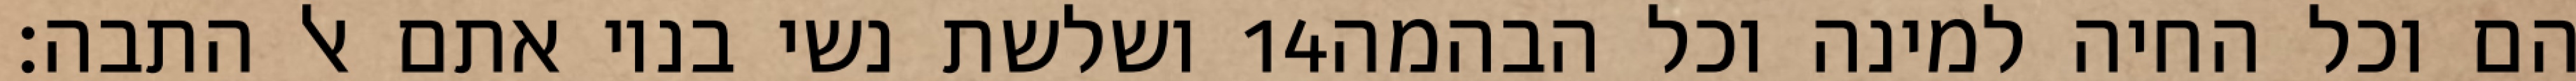
ושלשת נשי בניו אתם אל התבה׃ ‎14‏ הם וכל החיה למינה וכל הבהמה